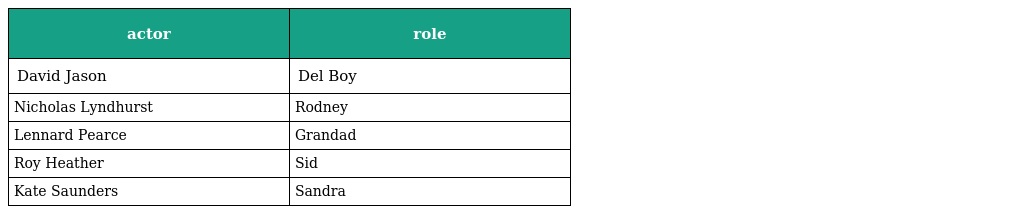
| actor | role |
 | --- | --- |
 | David Jason | Del Boy |
 | Nicholas Lyndhurst | Rodney |
 | Lennard Pearce | Grandad |
 | Roy Heather | Sid |
 | Kate Saunders | Sandra |